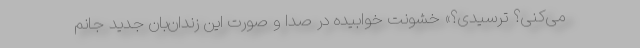
می‌کنی؟ ترسیدی؟» خشونت خوابیده در صدا و صورت این زندان‌بان جدید جانم